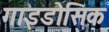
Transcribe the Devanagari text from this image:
गाइडोसिक